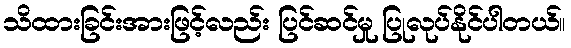
သိထားခြင်းအားဖြင့်လည်း ပြင်ဆင်မှု ပြုလုပ်နိုင်ပါတယ်။